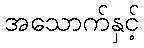
အသောက်နှင့်